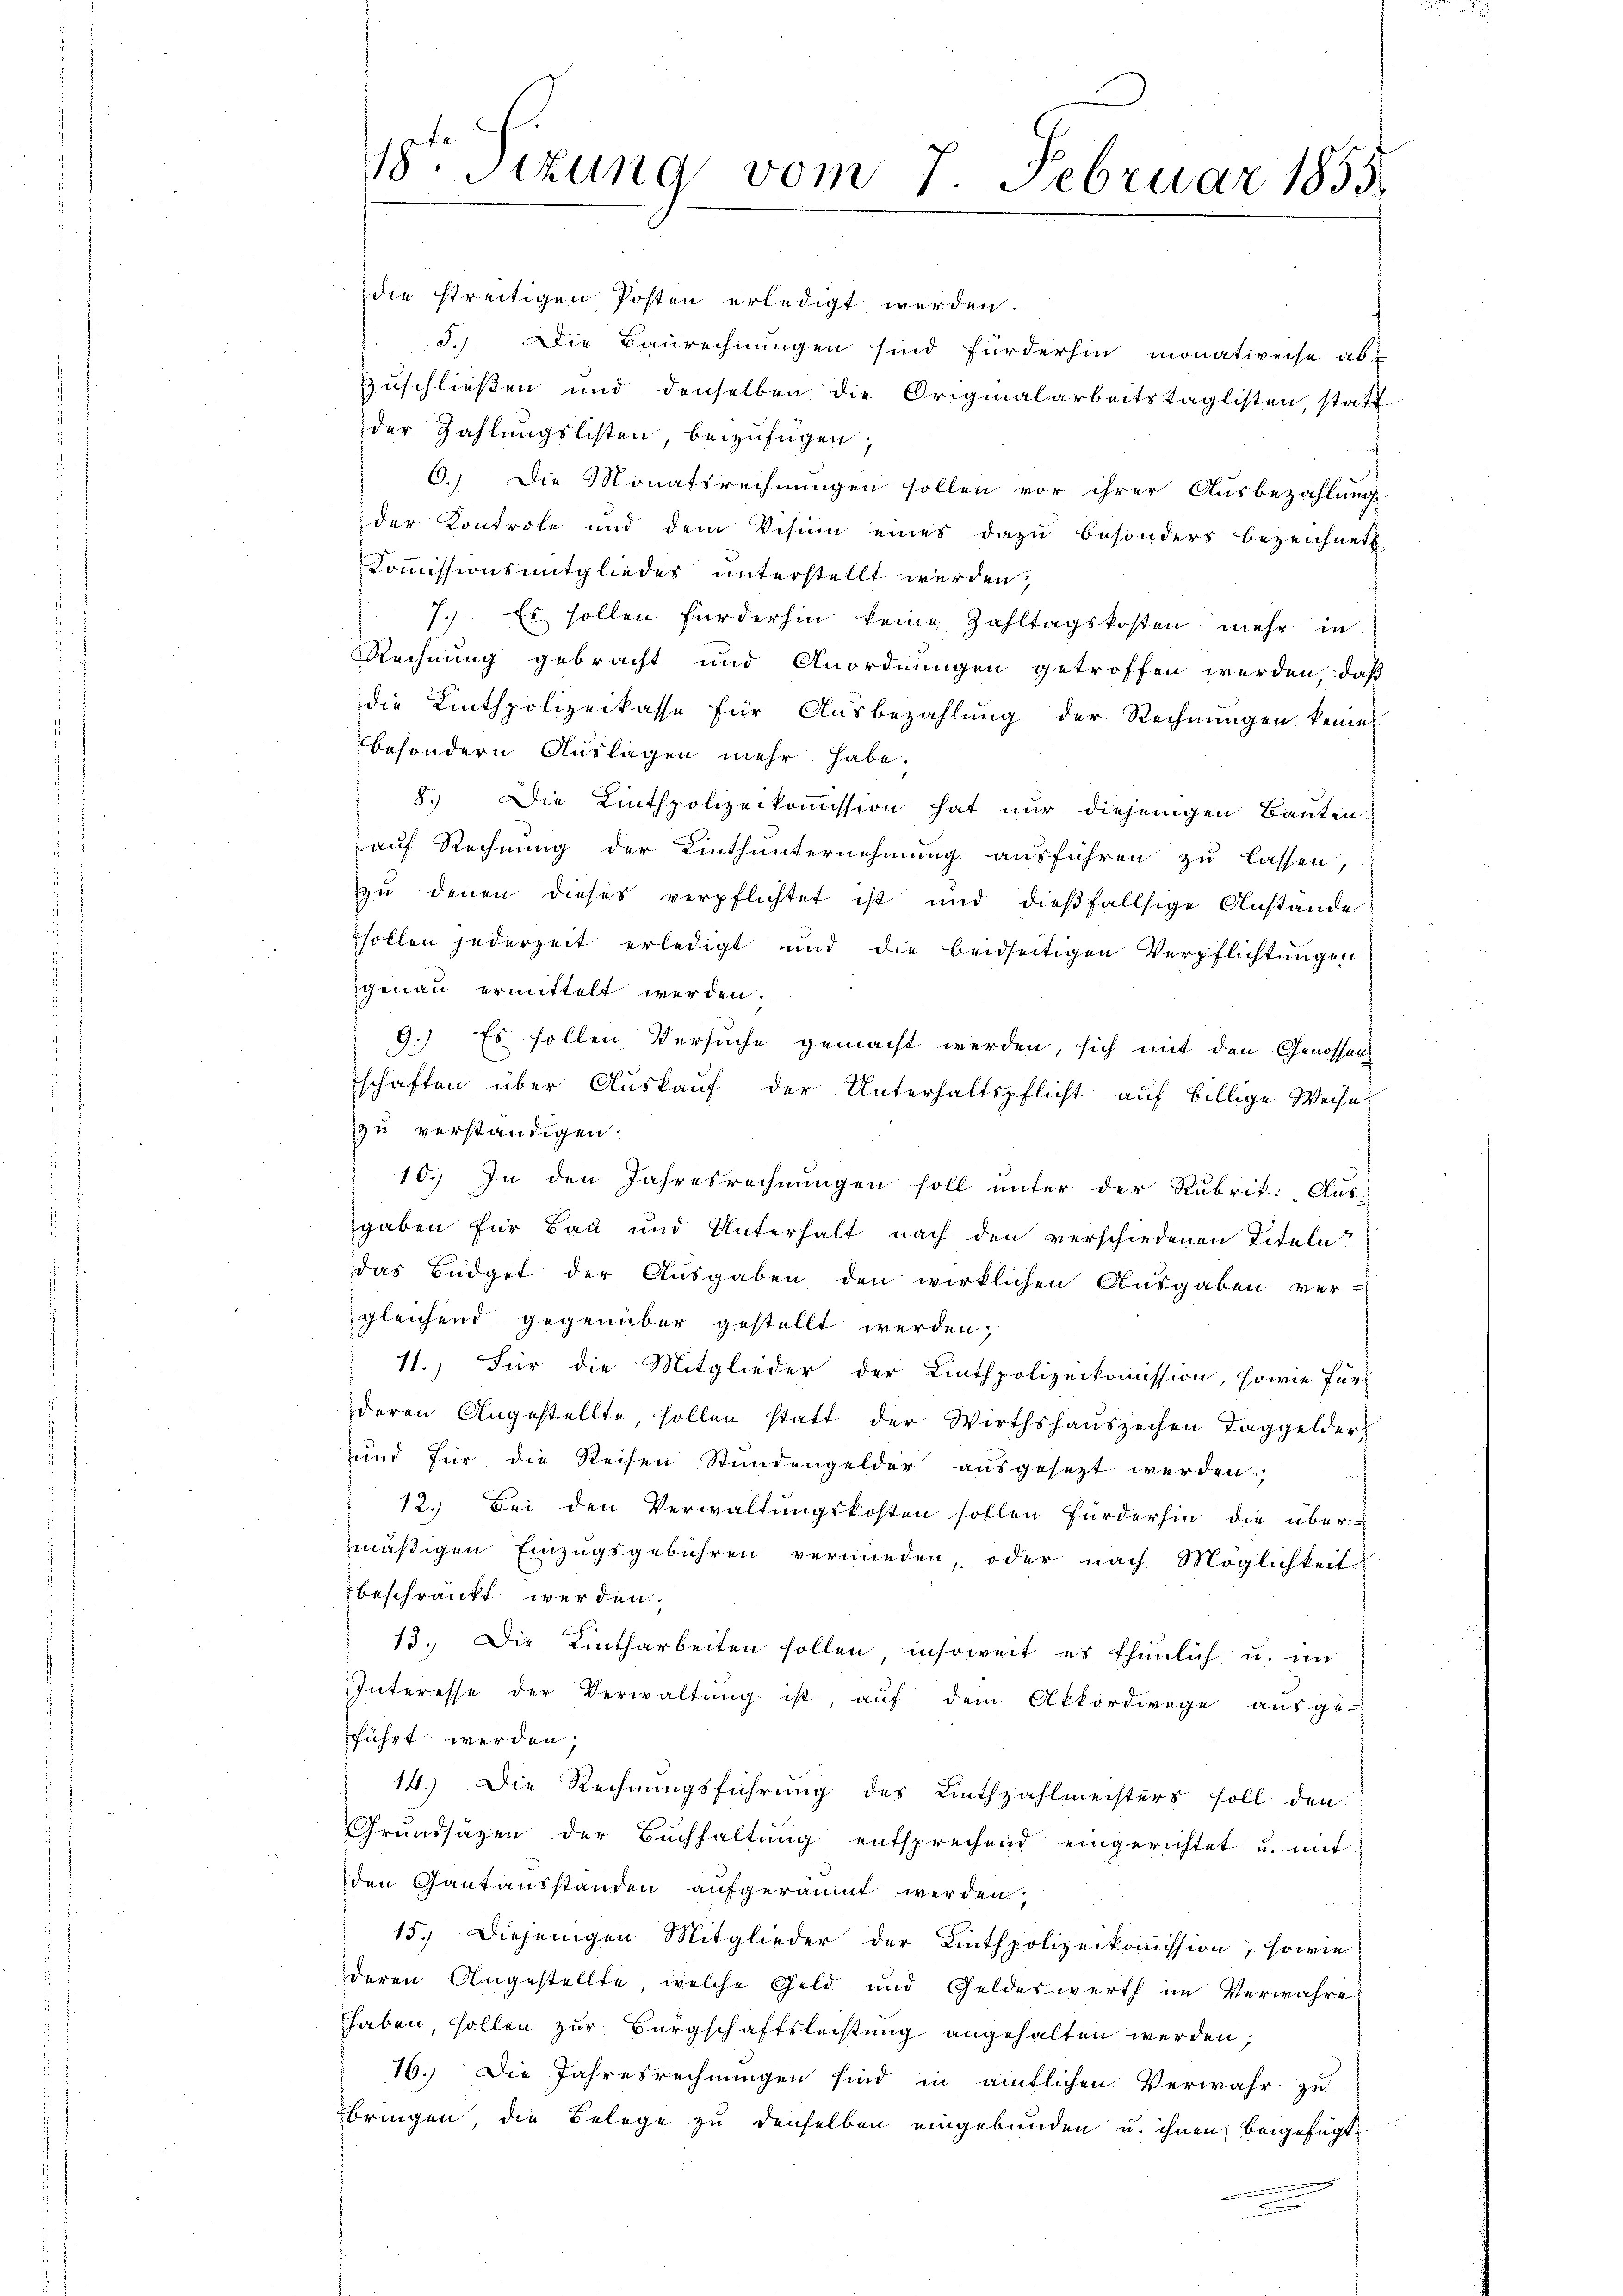
die streitigen Posten erledigt werden.
5.) Die Baurechnungen sind fürderhin monativeise ab-
zuschließen und denselben die Originalarbeitstaglisten, statt
der Zahlungslisten, beizufügen,
6.) Die Monatsrechnungen sollen vor ihrer Ausbezahlung
der Kontrole und dem Visum eines dazu besonders bezeichnet.
Kommissionsmitgliedes unterstellt werden;
7.) Es sollen fürderhin keine Zahltagskosten mehr in
Rechnung gebracht und Anordnungen getroffen werden, daß
die Linthpolizeikasse für Aŭsbezahlŭng der Rechnŭngen keine
besondern Auslagen mehr habe.
8.) Die Linthpolizeikommission hat nur diejenigen Bauten
auf Rechnung der Kinthunternehmung ausführen zu lassen,
zŭ denen dieses verpflichtet ist und dieβfallsige Anstande
sollen jederzeit erledigt und die beidseitigen Verpflichtŭngen.
genau ermittelt werden.
9.) Es sollen Versuche gemacht werden, sich mit den Genossen
schaften über Auskauf der Unterhaltspflicht auf billige Weise
zu verständigen;
10.) In den Jahresrechnungen soll unter der Rubrik. Aus-
gaben für Bau und Unterhalt nach den verschiedenen Titeln
das Büdget der Aŭsgaben den wirklichen Ausgaben ver-
gleichend gegenüber gestellt werden;
11.) Für die Mitglieder der Linthpolizeikommission, sowie Für-
deren Angestellte, sollen statt der Wirthshaŭszechen Taggelder,
und für die Reisen Stundengelder ausgesezt werden,
12.) Bei den Verwaltungskosten sollen fürderhin die über-
mäßigen Einzugsgebühren vermieden, oder nach Möglichkeit
beschränkt werden,
13. Die Lintharbeiten sollen, insoweit es thunlich u. in
Interesse der Verwaltŭng ist, auf dem Akkordwege ausge-
führt werden,
14. Die Rechnungsführung des Linthzahlmeisters soll den
Grundsäzen der Buchhaltung entsprechend eingerichtet u. mit
den Gantausstanden aufgeräumt werden;
15. Diejenigen Mitglieder der Linthpolizeikommission, sowie
deren Angestellte, welche Geld und Geldeswerth im Verwahre
haben, sollen zur Bürgschaftsleistung angehalten werden,
16.) Die Jahresrechnungen sind in amtlichen Verwahr zu
bringen, die Belege zu denselben eingebunden u. ihnen beigefügt

18te Sitzung vom 7. Februar 1855.